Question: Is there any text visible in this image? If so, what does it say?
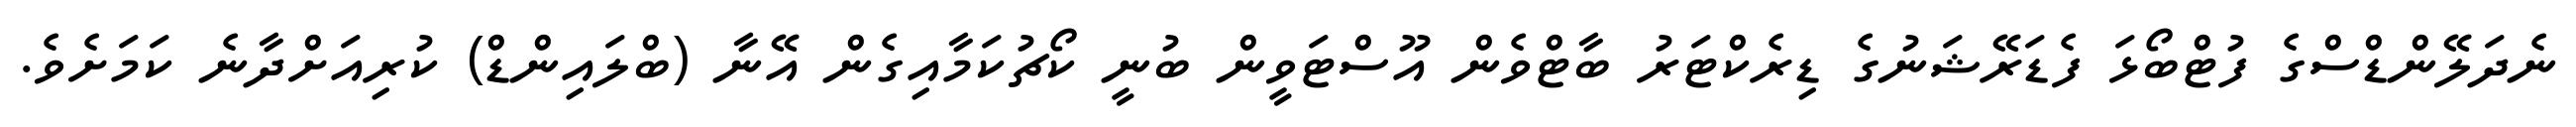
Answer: ނެދަލޭންޑްސްގެ ފުޓްބޯޅަ ފެޑަރޭޝަނުގެ ޑިރެކްޓަރު ބާޓްވެން އޫސްޓަވީން ބުނީ ކޯޗުކަމާއިގެން އޭނާ (ބްލައިންޑް) ކުރިއަށްދާނެ ކަމަށެވެ.